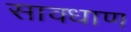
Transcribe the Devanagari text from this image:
सावधाण